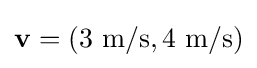
\mathbf {v} =(\mathrm {3~m/s} ,\mathrm {4~m/s} )